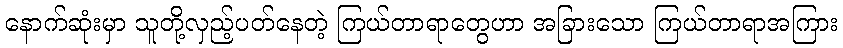
နောက်ဆုံးမှာ သူတို့လှည့်ပတ်နေတဲ့ ကြယ်တာရာတွေဟာ အခြားသော ကြယ်တာရာအကြား